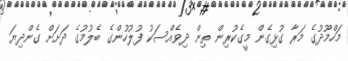
މަހްމޫދުގެ މަރާ ގުޅިގެން މީގެކުރިން ތިން ދިވެއްސަކު ފުލުހުންގެ ބެލުމުގެ ދަށަށް ގެންދިޔަ